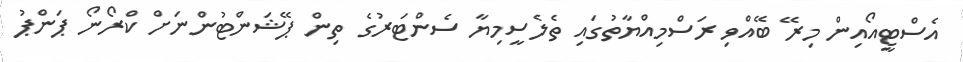
އެސްޓީއޯއިން މިރޭ ބޭއްވި ރަސްމިއްޔާތުގައި ތެލެސީމިޔާ ސެންޓަރުގެ ތިން ޕޭޝަންޓުންނަށް ކްރޯނޯ ޕަންޕު